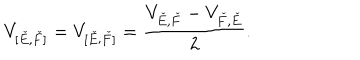
V _ { [ \check { E } , \check { F } ] } = V _ { [ \check { E } ; \check { F } ] } = \frac { V _ { \check { E } , \check { F } } - V _ { \check { F } , \check { E } } } { 2 } .